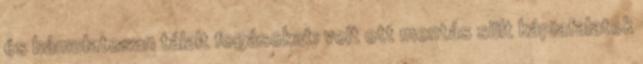
és bámulatosan tálalt fogásokat: volt ott mentás sült kápiafalatok